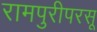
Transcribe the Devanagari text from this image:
रामपुरीपरसू